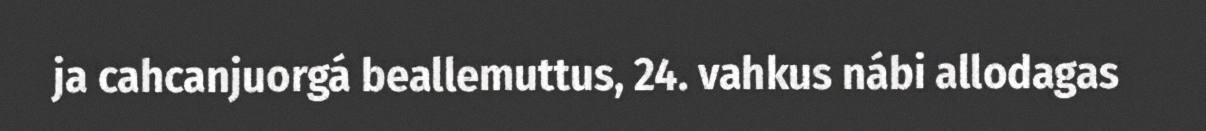
ja cahcanjuorgá beallemuttus, 24. vahkus nábi allodagas